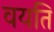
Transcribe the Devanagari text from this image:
वयति